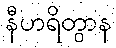
နီဟရိတွာန